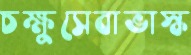
চক্ষুসেবাভাস্ক